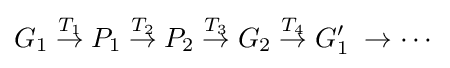
G_{1}\;{\stackrel {T_{1}}{\rightarrow }}\;P_{1}\;{\stackrel {T_{2}}{\rightarrow }}\;P_{2}\;{\stackrel {T_{3}}{\rightarrow }}\;G_{2}\;{\stackrel {T_{4}}{\rightarrow }}\;G_{1}'\;\rightarrow \cdots